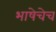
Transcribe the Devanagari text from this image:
भाषेचेच